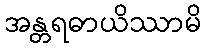
အန္တရဓာယိဿာမိ